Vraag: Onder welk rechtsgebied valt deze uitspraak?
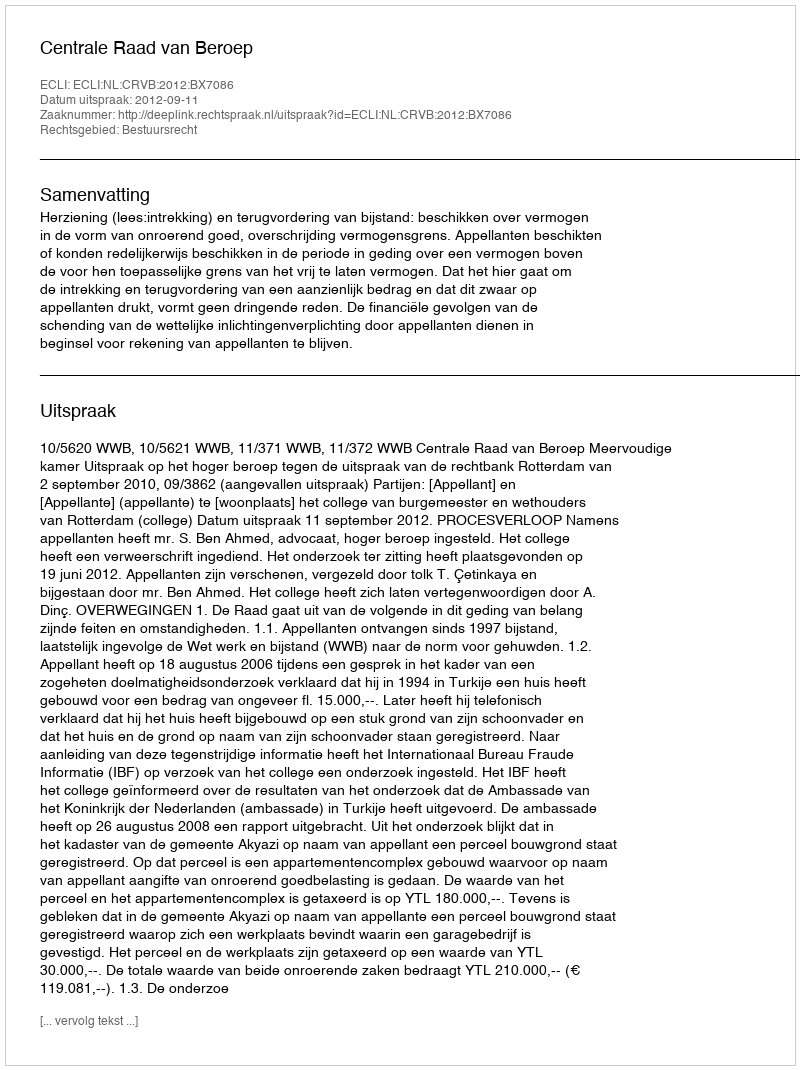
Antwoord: Bestuursrecht